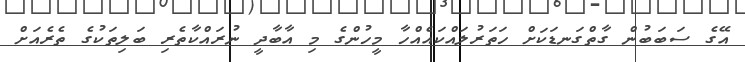
އޭގެ ސަބަބުން ގާތްގަނޑަކަށް ހަތަރުލައްކައެއްހާ މީހުންގެ މި އާބާދީ ނުރައްކާތެރި ބަލިތަކުގެ ތެރެއަށް